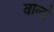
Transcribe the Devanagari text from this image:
वोर्ल्ड